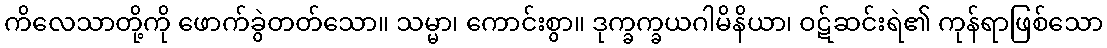
ကိလေသာတို့ကို ဖောက်ခွဲတတ်သော။ သမ္မာ၊ ကောင်းစွာ။ ဒုက္ခက္ခယဂါမိနိယာ၊ ဝဋ်ဆင်းရဲ၏ ကုန်ရာဖြစ်သော